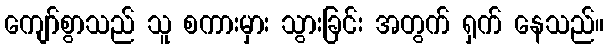
ကျော်စွာသည် သူ စကားမှား သွားခြင်း အတွက် ရှက် နေသည်။